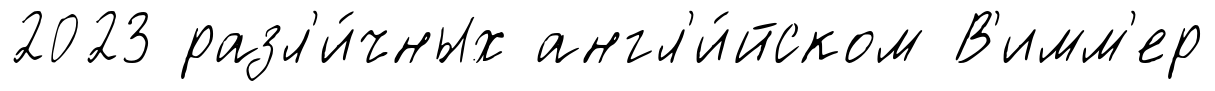
2023 разл'и́чных англ'и́йском В'имм'ер